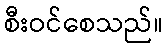
စီးဝင်စေသည်။